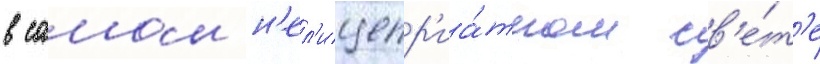
в самом н'ел'ицепр'иа́тном св'е́т'е